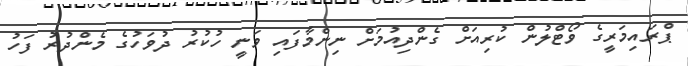
ޕްރައިމަރީގެ ވޯޓްލުން ކުރިއަށް ގެންދިއުމަށް ނިންމާފައި ވަނީ ހުކުރު ދުވަހުގެ މެންދުރު ފަހު